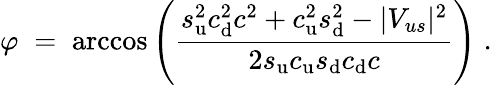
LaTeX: \varphi\; =\; \operatorname{arccos}\left(\frac{s_{\mathrm{u}}^{2}c_{\mathrm{d}}^{2}c^{2}+c_{\mathrm{u}}^{2}s_{\mathrm{d}}^{2}-|V_{us}|^{2}}{2s_{\mathrm{u}}c_{\mathrm{u}}s_{\mathrm{d}}c_{\mathrm{d}}c}\right)\; .